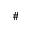
\#